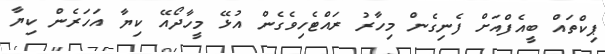
ޕިކްތައް ބީއެފްއަށް ފެނިގެން މިހާރު ރައްޓެހިވެގެން އުޅޭ މީހާދޯއޭ ކިޔާ އަހަރެން ކިޔާ